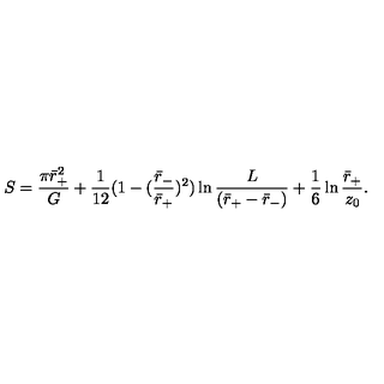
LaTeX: S = { \frac { \pi \bar { r } _ { + } ^ { 2 } } { G } } + { \frac { 1 } { 1 2 } } ( 1 - ( { \frac { \bar { r } _ { - } } { \bar { r } _ { + } } } ) ^ { 2 } ) \ln { \frac { L } { ( \bar { r } _ { + } - \bar { r } _ { - } ) } } + { \frac { 1 } { 6 } } \ln { \frac { \bar { r } _ { + } } { z _ { 0 } } } .